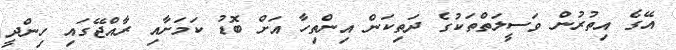
އޭގެ އިތުރުން ވަސީލަތްތަކުގެ ދަތިކަން އިންތިހާ އަށް ބޮޑު ކަމަށާއި ރާއްޖޭގައި ހިންދީ